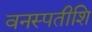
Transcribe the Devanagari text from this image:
वनस्पतीशि